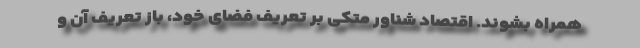
همراه بشوند. اقتصاد شناور متکی بر تعریف فضای خود، باز تعریف آن و